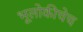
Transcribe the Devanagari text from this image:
भूलोकीचेच